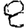
Digit: 8